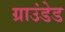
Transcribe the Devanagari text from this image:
ग्राउंडेड